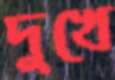
দুখে